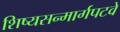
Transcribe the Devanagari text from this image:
शिष्यसन्मार्गपटवे